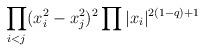
LaTeX: \begin{align*}\displaystyle{\prod_{i<j}(x_{i}^{2} - x_{j}^{2} )^{2} \prod | x_{i}|^{2(1-q)+1}}\end{align*}